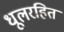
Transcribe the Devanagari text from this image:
धूलरहित